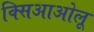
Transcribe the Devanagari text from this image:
क्सिआओलू